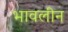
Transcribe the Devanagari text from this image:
भावलीन